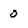
Character: 0